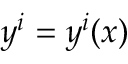
y ^ { i } = y ^ { i } ( x )